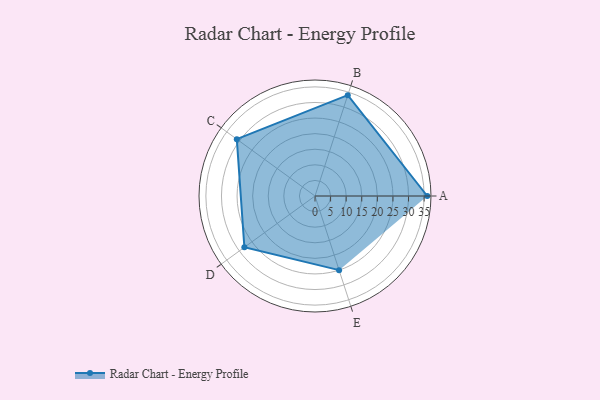
{"axis": {"x": "Skill", "y": "Score"}, "legend": ["Profile"], "data": [{"x": "A", "y": 36.0, "type": "Profile"}, {"x": "B", "y": 34.0, "type": "Profile"}, {"x": "C", "y": 31.0, "type": "Profile"}, {"x": "D", "y": 28.0, "type": "Profile"}, {"x": "E", "y": 25.0, "type": "Profile"}]}